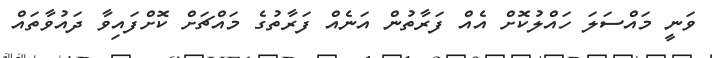
ވަނީ މައްސަލަ ހައްލުކޮށް އެއް ފަރާތުން އަނެއް ފަރާތުގެ މައްޗަށް ކޮށްފައިވާ ދައުވާތައް